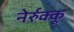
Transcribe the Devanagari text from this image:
नेर्रुक्कू